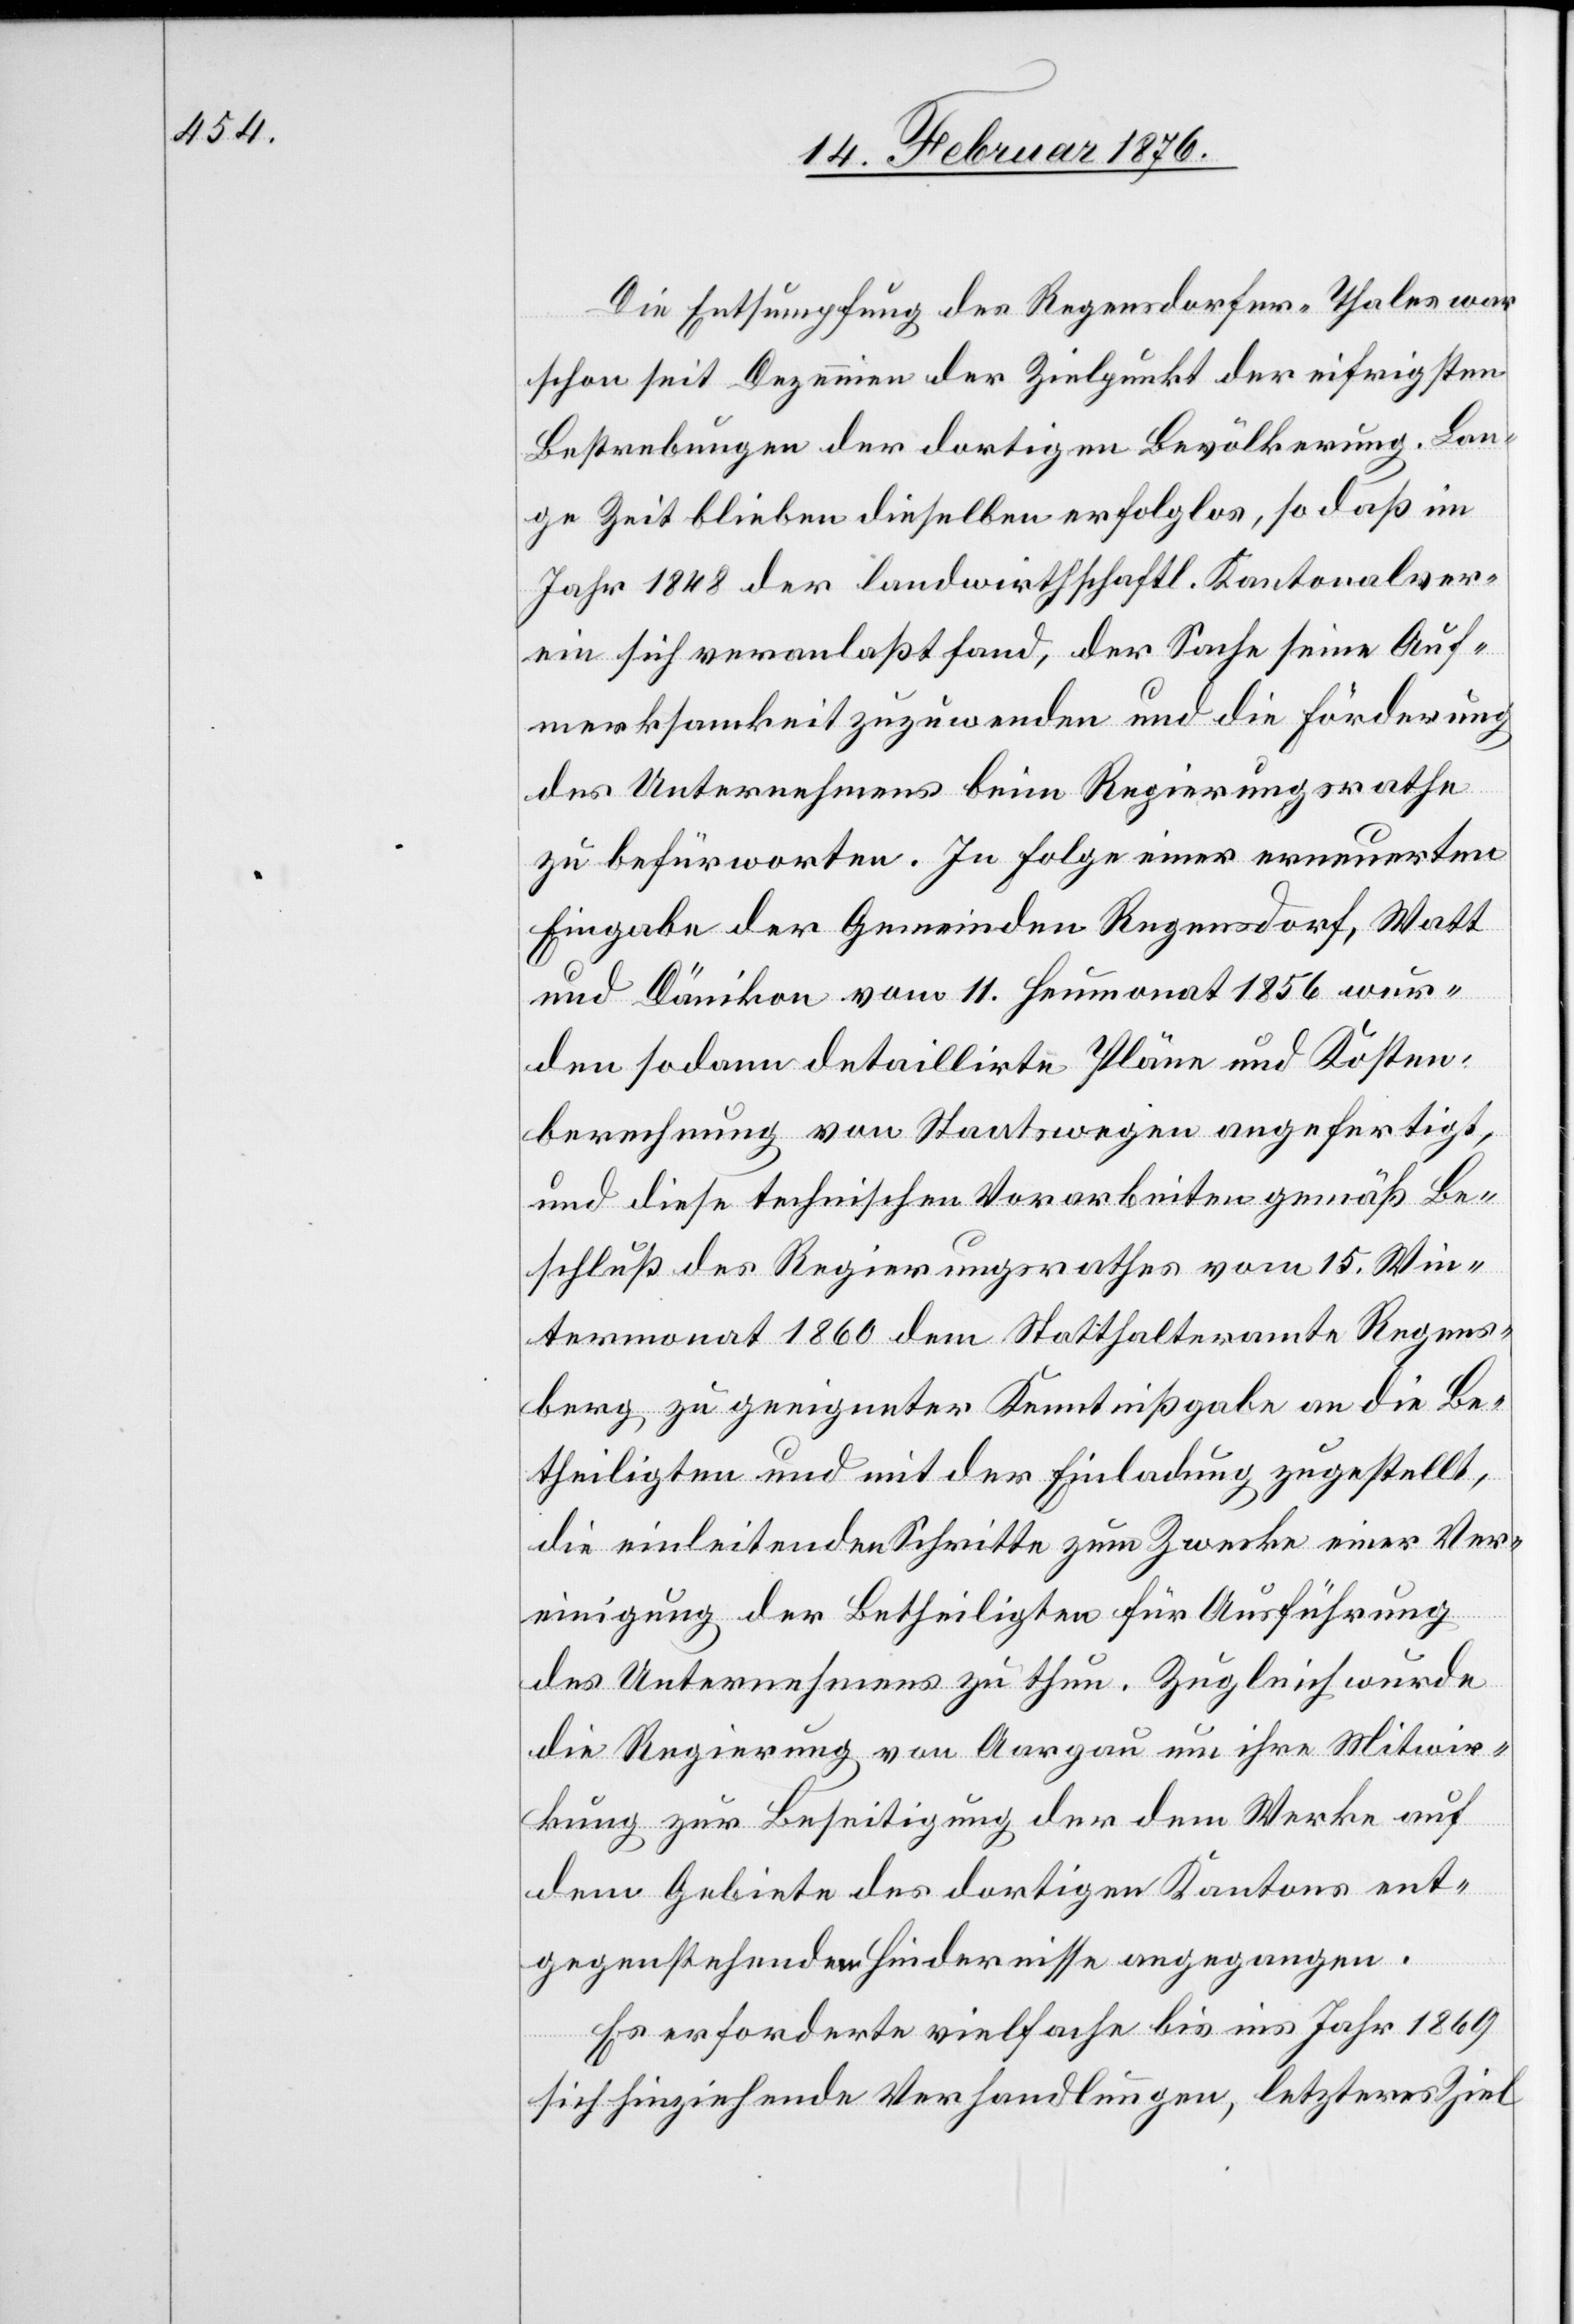
Die Entsumpfung des Regensdorfer-Thales war
schon seit Dezennien der Zielpunkt der eifrigsten
Bestrebungen der dortigen Bevölkerung. Lan¬
ge Zeit blieben dieselben erfolglos, so daß im
Jahr 1848 der landwirthschaftl. Kantonalver¬
ein sich veranlaßt fand, der Sache seine Auf¬
zu befürworten. In Folge einer erneuerten
Eingabe der Gemeinden Regensdorf, Watt
und Dänikon vom 11. Heumonat 1856 wur¬
den sodann detaillirte Pläne und Kosten¬
berechnungen von Staatswegen angefertigt,
und diese technischen Vorarbeiten gemäß Be¬
schluß des Regierungsrathes vom 15. Win¬
termonat 1860 dem Statthalteramte Regens¬
burg zu geeigneter Kenntnißgabe an die Be¬
theiligten und mit der Einladung zugestellt,
die einleitenden Schritte zum Zwecke einer Ver¬
einigung der Betheiligten für Ausführung
des Unternehmens zu thun. Zugleich wurde
die Regierung von Aargau um ihre Mitwir¬
kung zur Beseitigung der dem Werke auf
dem Gebiete des dortigen Kantons ent¬
samkeit
gegenstehenden Hindernisse angegangen.
Es erforderte vielfache bis ins Jahr1869
beim
sich hinziehende Verhandlungen, letzteres Ziel